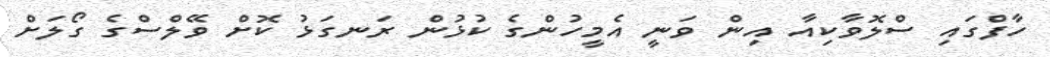
ހާފްގައި ސްލޮވާކިއާ އިން ވަނީ އެމީހުންގެ ކުޅުން ރަނގަޅު ކޮށް ވޭލްސްގެ ގޯލަށް